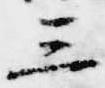
三